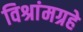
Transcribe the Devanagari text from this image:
विश्रांमग्रहे